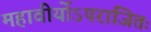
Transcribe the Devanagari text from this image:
महावीर्योऽपराजितः